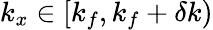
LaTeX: k_{x}\in[k_{f},k_{f}+\delta k)